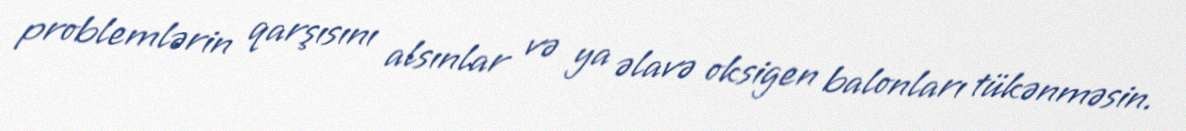
problemlərin qarşısını alsınlar və ya əlavə oksigen balonları tükənməsin.